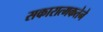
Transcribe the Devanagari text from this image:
सकारात्मकतेने